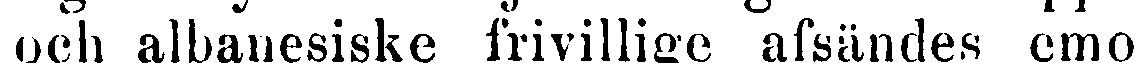
och albanesiske frivillige afsändes emot